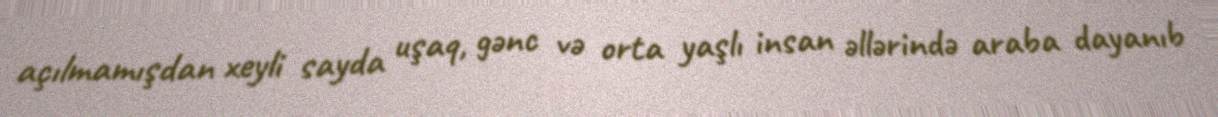
açılmamışdan xeyli sayda uşaq, gənc və orta yaşlı insan əllərində araba dayanıb